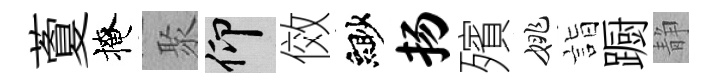
藑掩聚仰傚緲扬殯姚詣蹰静